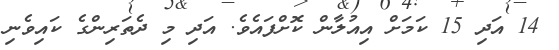
14 އަދި 15 ކަމަށް އިއުލާން ކޮށްފައެވެ. އަދި މި ދެތަރިންގެ ކައިވެނި